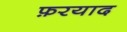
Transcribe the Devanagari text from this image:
फ़रयाद